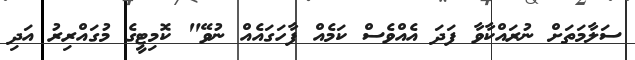
ސަލާމަތަަށް ނުރައްކާވާ ފަދަ އެއްވެސް ކަމެއް ފާހަގައެއް ނުވޭ" ކޮމިޓީގެ މުގައްރިރު އަދި